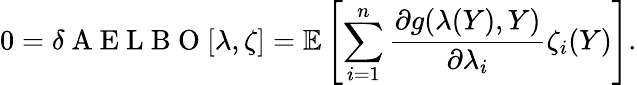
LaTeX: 0=\delta\mathrm{~A~E~L~B~O~}[\lambda,\zeta]=\mathbb{E}\left[\sum_{i=1}^{n}\frac{\partial g(\lambda(Y),Y)}{\partial\lambda_{i}}\zeta_{i}(Y)\right].